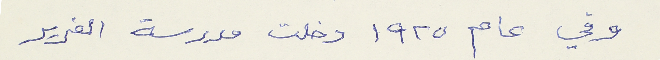
وفي عام ١٩٢٥ دخلت مدرسة الفرير